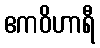
ဧကဝိဟာရီ